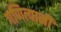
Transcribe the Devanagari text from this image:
गणित्यानीं